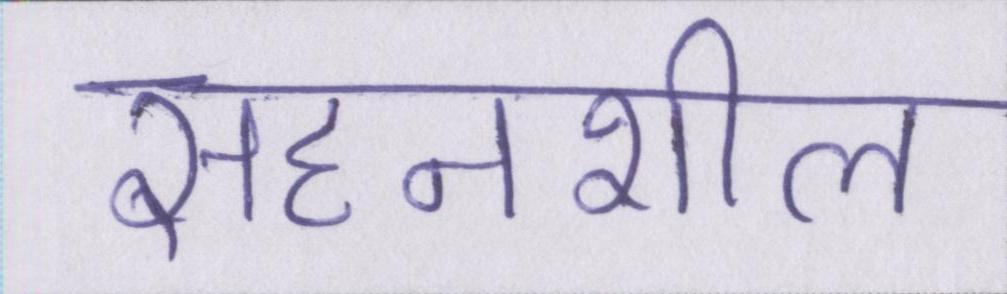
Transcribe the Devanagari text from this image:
सहनशील